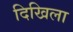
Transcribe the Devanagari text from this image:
दिखिला